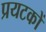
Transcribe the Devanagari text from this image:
प्रयटकों